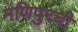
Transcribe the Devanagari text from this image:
मणिपुरची